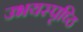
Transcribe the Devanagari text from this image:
उभयस्पृष्ठि